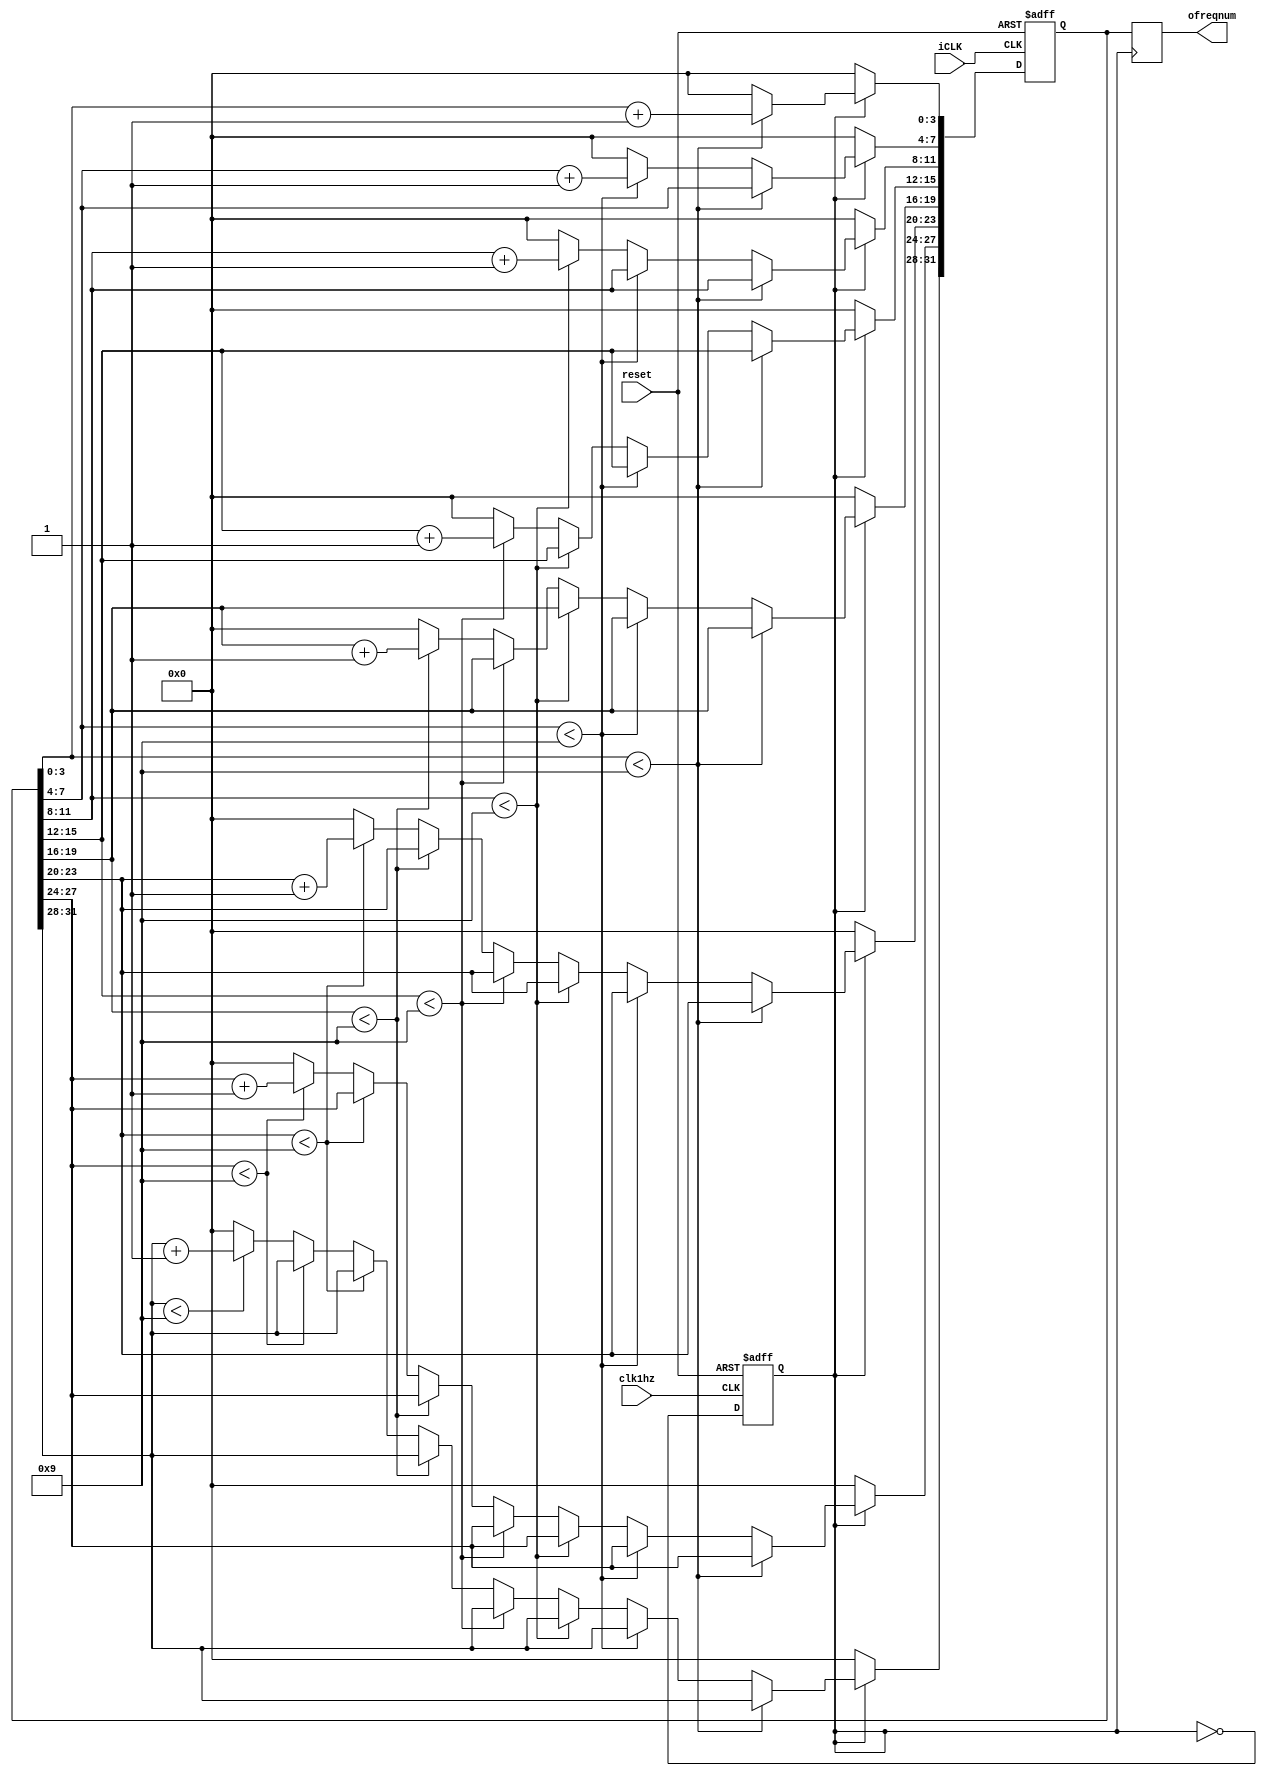
module freq_meters (reset,iCLK,clk1hz,ofreqnum);
input reset,iCLK,clk1hz;
output[31:0] ofreqnum;
reg strobe;
reg [31:0] freq_count;

reg [31:0] ofreqnum;

//initial strobe = 1'b0;
always @(posedge clk1hz or negedge reset)
begin
if (!reset) strobe <= 1'b0;
else strobe <= ~strobe;
end


always @( posedge iCLK or negedge reset)
begin
	if(!reset)
		freq_count = 32'b0;
	else begin
		      if (strobe)
begin
if (freq_count[3:0]  < 4'd9 )  freq_count[3:0] <= freq_count[3:0] + 4'b1;
else begin freq_count[3:0] <= 4'b0; if (freq_count[7:4]  < 4'd9 ) freq_count[7:4] <= freq_count[7:4] + 4'b1;
else begin freq_count[7:4] <= 4'b0; if (freq_count[11:8]  < 4'd9 ) freq_count[11:8] <= freq_count[11:8] + 4'b1;
else begin freq_count[11:8] <= 4'b0; if (freq_count[15:12]  < 4'd9 ) freq_count[15:12] <= freq_count[15:12] + 4'b1;
else begin freq_count[15:12] <= 4'b0; if (freq_count[19:16]  < 4'd9 ) freq_count[19:16] <= freq_count[19:16] + 4'b1;
else begin freq_count[19:16] <= 4'b0; if (freq_count[23:20]  < 4'd9 ) freq_count[23:20] <= freq_count[23:20] + 4'b1;
else begin freq_count[23:20] <= 4'b0; if (freq_count[27:24]  < 4'd9 ) freq_count[27:24] <= freq_count[27:24] + 4'b1;
else begin freq_count[27:24] <= 4'b0; if (freq_count[31:28]  < 4'd9 ) freq_count[31:28] <= freq_count[31:28] + 4'b1;
else  freq_count[31:28] <= 4'b0; 
     end  end end end end end end
end	  
				//				     freq_count <= freq_count +32'b1;
          else freq_count <= 32'b0; 
			    end
end

//assign ofreqnum = 20;

always @(negedge strobe)
//ofreqnum = 20;//
ofreqnum <= freq_count;
endmodule